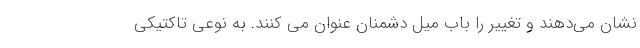
نشان می‌دهند و تغییر را باب میل دشمنان عنوان می‌ کنند. به نوعی تاکتیکی